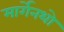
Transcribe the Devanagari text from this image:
मार्गेनथो